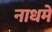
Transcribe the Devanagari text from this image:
नाधमे